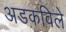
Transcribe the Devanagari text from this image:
अडकविले